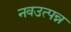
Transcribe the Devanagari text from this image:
नवउत्पन्न